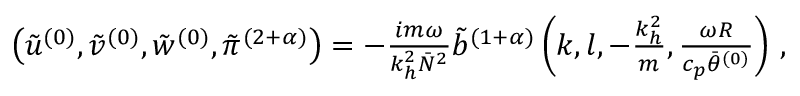
\begin{array} { r } { \left( \tilde { u } ^ { ( 0 ) } , \tilde { v } ^ { ( 0 ) } , \tilde { w } ^ { ( 0 ) } , \tilde { \pi } ^ { ( 2 + \alpha ) } \right) = - \frac { i m \omega } { k _ { h } ^ { 2 } \bar { N } ^ { 2 } } \tilde { b } ^ { ( 1 + \alpha ) } \left( k , l , - \frac { k _ { h } ^ { 2 } } { m } , \frac { \omega R } { c _ { p } \bar { \theta } ^ { ( 0 ) } } \right) \, , } \end{array}